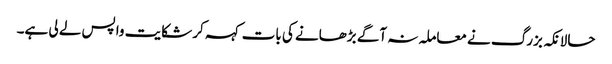
حالانکہ بزرگ نے معاملہ نہ آگے بڑھانے کی بات کہہ کر شکایت واپس لے لی ہے۔